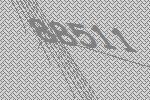
88511